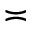
\asymp